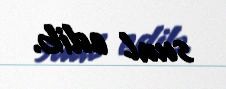
sual edib.